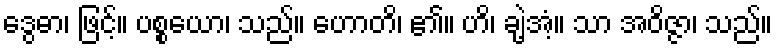
ဒွေဓာ၊ ဖြင့်။ ပစ္စယော၊ သည်။ ဟောတိ၊ ၏။ ဟိ၊ ချဲ့အံ့။ သာ အဝိဇ္ဇာ၊ သည်။